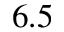
6 . 5